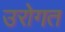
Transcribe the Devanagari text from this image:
उरोगत